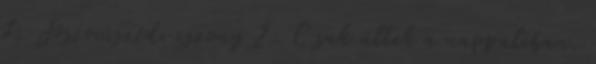
7; Jószomszédi iszony 2: C sak ültek a nappaliban.